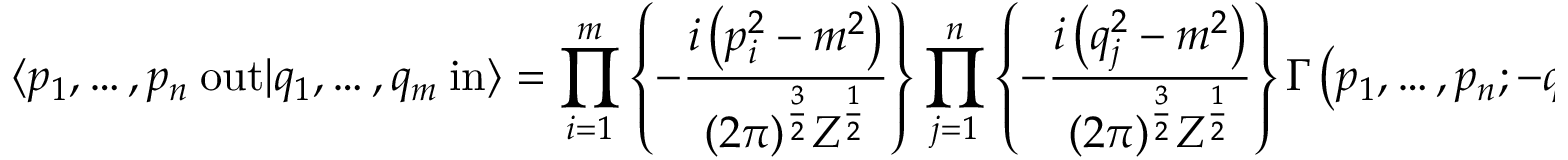
\langle p _ { 1 } , \ldots , p _ { n } \ \mathrm { o u t } | q _ { 1 } , \ldots , q _ { m } \ \mathrm { i n } \rangle = \prod _ { i = 1 } ^ { m } \left\{ - { \frac { i \left( p _ { i } ^ { 2 } - m ^ { 2 } \right) } { ( 2 \pi ) ^ { \frac { 3 } { 2 } } Z ^ { \frac { 1 } { 2 } } } } \right\} \prod _ { j = 1 } ^ { n } \left\{ - { \frac { i \left( q _ { j } ^ { 2 } - m ^ { 2 } \right) } { ( 2 \pi ) ^ { \frac { 3 } { 2 } } Z ^ { \frac { 1 } { 2 } } } } \right\} \Gamma \left( p _ { 1 } , \ldots , p _ { n } ; - q _ { 1 } , \ldots , - q _ { m } \right)